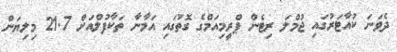
ދެވަނަ ކުއާޓަރުގައި ޖުމްލަ ރިޓެން ޕްރީމިއަމްގެ ގޮތުގައި އަމާނާ ތަކާފުލްއަށް 21.7 މިލިޔަން